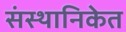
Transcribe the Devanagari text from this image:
संस्थानिकेत